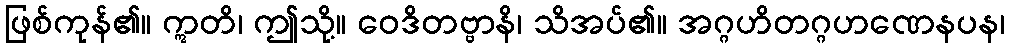
ဖြစ်ကုန်၏။ ဣတိ၊ ဤသို့။ ဝေဒိတဗ္ဗာနိ၊ သိအပ်၏။ အဂ္ဂဟိတဂ္ဂဟဏေနပန၊